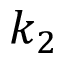
k _ { 2 }